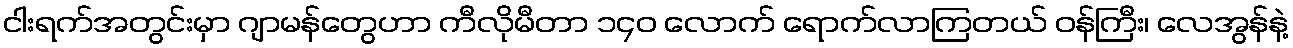
ငါးရက်အတွင်းမှာ ဂျာမန်တွေဟာ ကီလိုမီတာ ၁၄၀ လောက် ရောက်လာကြတယ် ဝန်ကြီး၊ လေအွန်နဲ့